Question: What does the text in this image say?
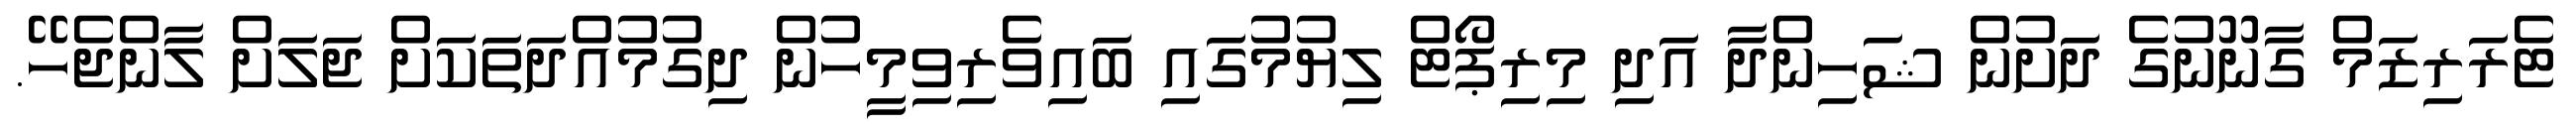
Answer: ޓެރަރިޒަމް ގާނޫނުގެ ދަށުން ޝަހިންދާ އަދި މިރިޕޯޓް ލިޔުމުގައި ބައިވެރިވިމީހުން ދިގުމުއްދަތަކަށް ޖަލަށް ލާންޖެހޭ.